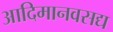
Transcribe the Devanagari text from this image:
आदिमानवसद्य